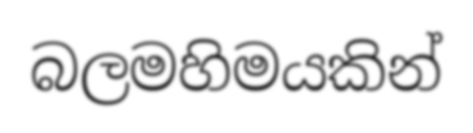
බලමහිමයකින්